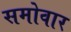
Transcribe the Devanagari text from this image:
समोवार